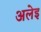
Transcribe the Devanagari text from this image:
अलेइ